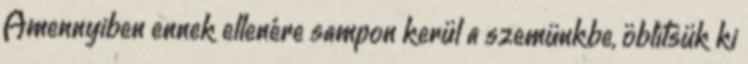
Amennyiben ennek ellenére sampon kerül a szemünkbe, öblítsük ki